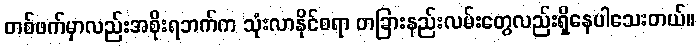
တစ်ဖက်မှာလည်းအစိုးရဘက်က သုံးလာနိုင်စရာ တခြားနည်းလမ်းတွေလည်းရှိနေပါသေးတယ်။